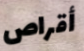
أقراص